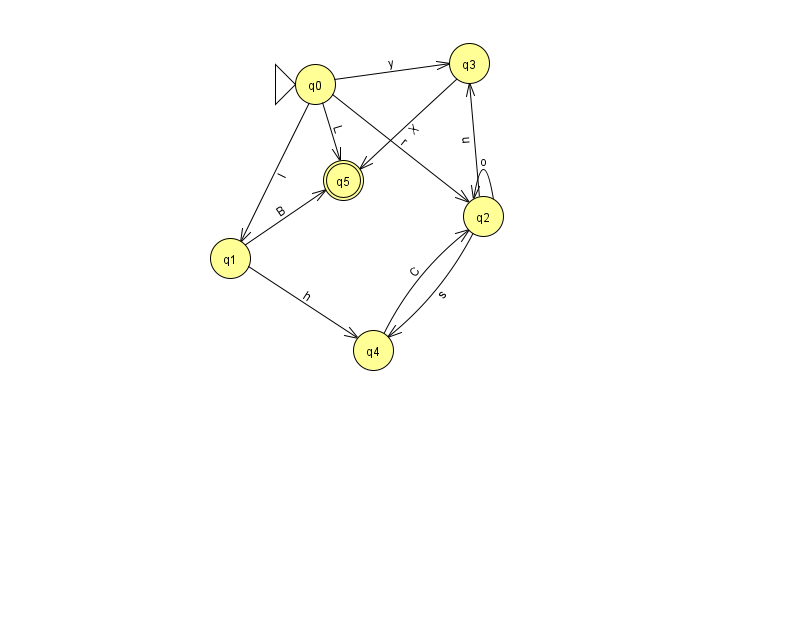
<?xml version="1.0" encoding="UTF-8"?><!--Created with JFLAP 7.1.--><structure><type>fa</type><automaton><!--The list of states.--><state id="0" name="q0"><x>315.0</x><y>71.0</y><initial/></state><state id="1" name="q1"><x>230.0</x><y>245.0</y></state><state id="2" name="q2"><x>483.0</x><y>203.0</y></state><state id="3" name="q3"><x>469.0</x><y>50.0</y></state><state id="4" name="q4"><x>373.0</x><y>337.0</y></state><state id="5" name="q5"><x>343.0</x><y>167.0</y><final/></state><!--The list of transitions.--><transition><from>0</from><to>2</to><read>r</read></transition><transition><from>2</from><to>4</to><read>s</read></transition><transition><from>4</from><to>2</to><read>C</read></transition><transition><from>0</from><to>3</to><read>y</read></transition><transition><from>0</from><to>5</to><read>L</read></transition><transition><from>2</from><to>3</to><read>u</read></transition><transition><from>0</from><to>1</to><read>I</read></transition><transition><from>1</from><to>4</to><read>h</read></transition><transition><from>1</from><to>5</to><read>B</read></transition><transition><from>3</from><to>5</to><read>X</read></transition><transition><from>2</from><to>2</to><read>o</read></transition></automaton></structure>